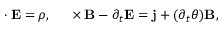
\mathbf { \nabla } \cdot \mathbf { E } = \rho , \quad \mathbf { \nabla } \times \mathbf { B } - \partial _ { t } \mathbf { E } = \mathbf { j } + ( \partial _ { t } \theta ) \mathbf { B } ,